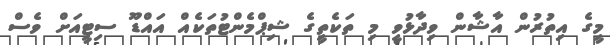
މީގެ އިތުރުން އާޝާން ވިދާޅުވީ މި ތަކެތީގެ ޝިޕްމެންޓުތަކެއް އައްޑޫ ސިޓީއަށް ވެސް